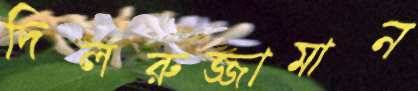
দিলরুজ্জামান